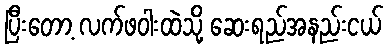
ပြီးတော့ လက်ဖဝါးထဲသို့ ဆေးရည်အနည်းငယ်